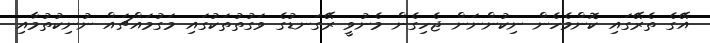
އޭގެ ތެރޭގައި ކޮންމެހެން ނިކުންނަން ޖެހިގެން މެނުވީ ރޭގަނޑުގެ ވަގުތުތަކުގައި މަގުމައްޗައް ނުނިކުތުމާއި